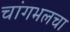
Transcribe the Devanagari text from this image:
चांगभलचा